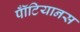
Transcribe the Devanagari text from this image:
पॉँटियानस